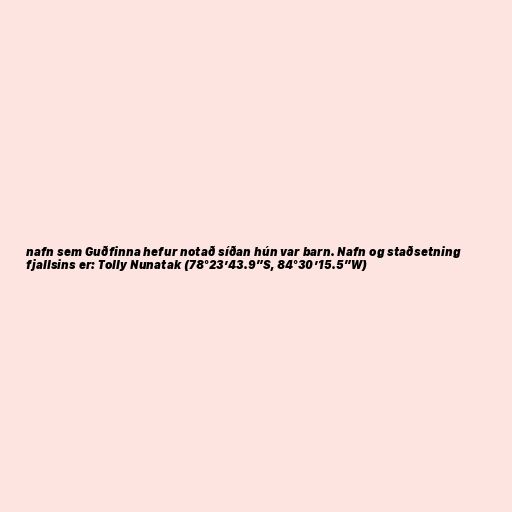
nafn sem Guðfinna hefur notað síðan hún var barn. Nafn og staðsetning
fjallsins er: Tolly Nunatak (78°23’43.9”S, 84°30’15.5”W)